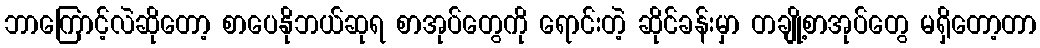
ဘာကြောင့်လဲဆိုတော့ စာပေနိုဘယ်ဆုရ စာအုပ်တွေကို ရောင်းတဲ့ ဆိုင်ခန်းမှာ တချို့စာအုပ်တွေ မရှိတော့တာ